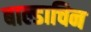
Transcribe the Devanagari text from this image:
बाल्डाचिन